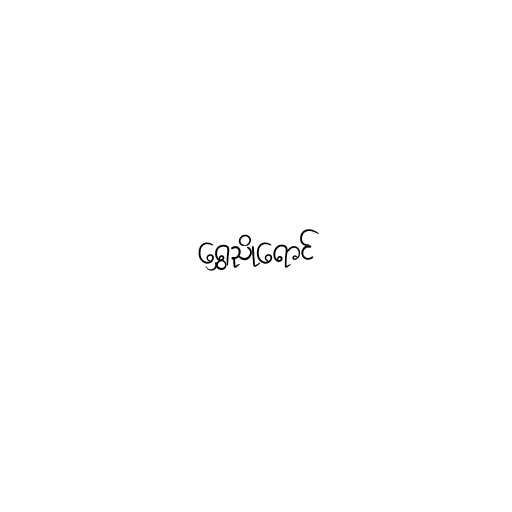
ရွှေညိုရောင်